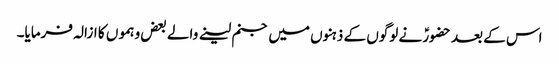
اس کے بعد حضورؑ نے لوگوں کے ذہنوں میں جنم لینے والے بعض وہموں کا ازالہ فرمایا۔